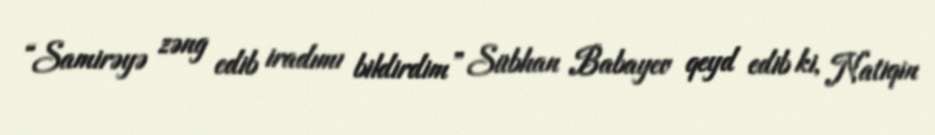
“Samirəyə zəng edib iradımı bildirdim” Sübhan Babayev qeyd edib ki, Natiqin